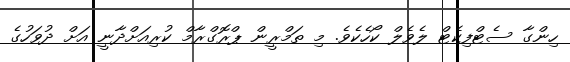
ހިންގާ ސެޓްފިކެޓް ލެވެލް ކޯހެކެވެ. މި ތަމްރީން ޕްރޮގްރާމް ކުރިއަށްދާނީ އަށް ދުވަހުގެ